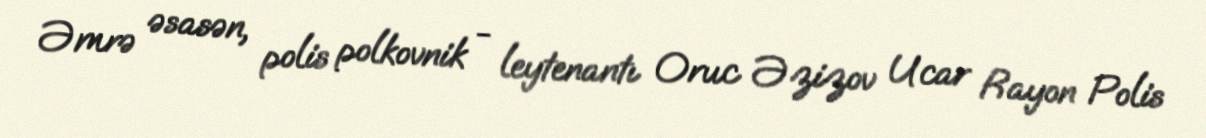
Əmrə əsasən, polis polkovnik - leytenantı Oruc Əzizov Ucar Rayon Polis